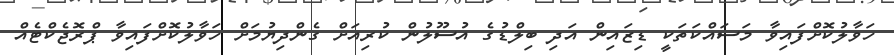
ހަވާލުކޮށްފައިވާ މަސައްކަތަކީ ޑިޒައިން އަދި ބިލްޑުގެ އުސޫލުން ކުރިއަށް ގެންދިޔުމަށް ހަވާލުކޮށްފައިވާ ޕްރޮޖެކްޓެއް